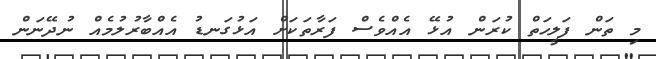
މި ތަން ފަލީހަތް ކުރަން އުޅޭ އެއްވެސް ފަރާތަކަށް އަޅުގަނޑު އެއްބާރުލުމެއް ނުދޭނަން